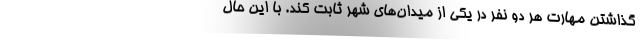
گذاشتن مهارت هر دو نفر در یکی از میدان‌های شهر ثابت کند. با این حال